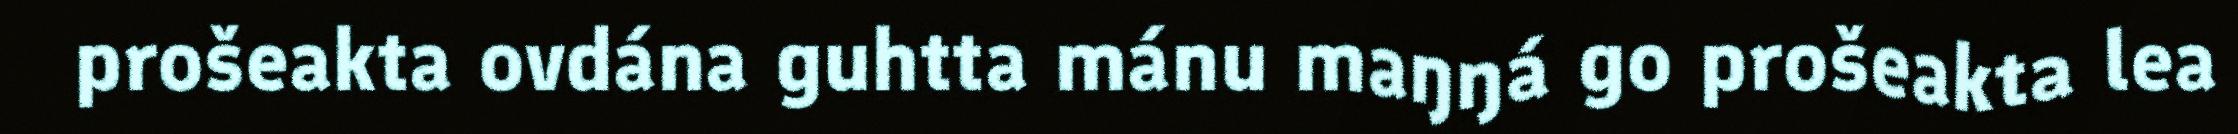
prošeakta ovdána guhtta mánu maŋŋá go prošeakta lea